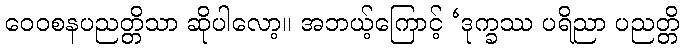
ဝေဝစနပညတ္တိသာ ဆိုပါလော့။ အဘယ့်ကြောင့် ‘ဒုက္ခဿ ပရိညာ ပညတ္တိ